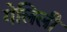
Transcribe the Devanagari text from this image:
गेलिली